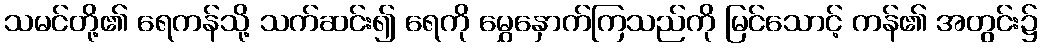
သမင်တို့၏ ရေကန်သို့ သက်ဆင်း၍ ရေကို မွှေနှောက်ကြသည်ကို မြင်သောင့် ကန်၏ အတွင်း၌